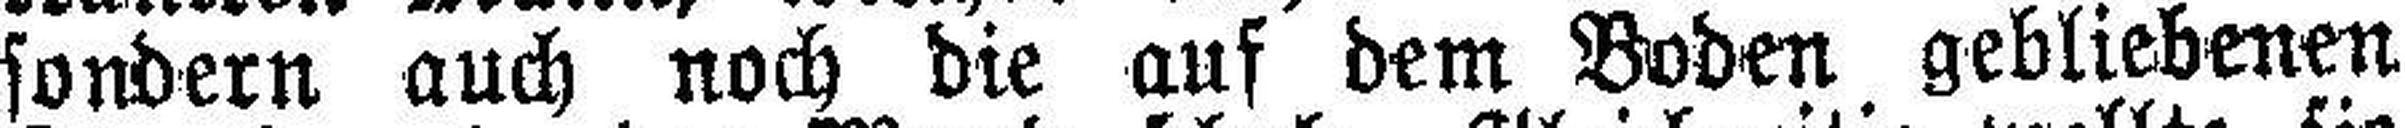
sondern auch noch die auf dem Boden gebliebenen